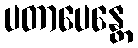
ပတာပေန္တေ